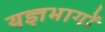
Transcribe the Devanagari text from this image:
यज्ञभागों